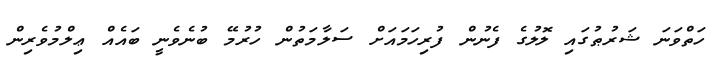
ހަތްވަނަ ޝަރުޠުގައި ލޮލުގެ ފެނުން ފުރިހަމައަށް ސަލާމަތުން ހުރުމޭ ބުނެވެނީ ބައެއް ޢިލްމުވެރިން